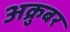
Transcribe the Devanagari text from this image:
अक्रुबर